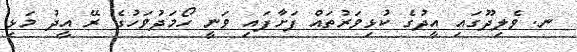
ނ. ވެލިދޫގައި އީދުގެ ކުޅިވަރުތައް ފަށާފައި ވަނީ ހޯމަދުވަހުގެ ރޭ އީދު މަޅި